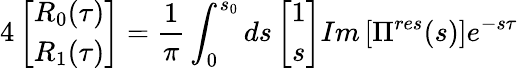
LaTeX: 4\left[\begin{array}{c}{{R_{0}(\tau)}}\\ {{R_{1}(\tau)}}\end{array}\right]=\frac{1}{\pi}\int_{0}^{s_{0}}ds\left[\begin{array}{c}{{1}}\\ {{s}}\end{array}\right]Im\left[\Pi^{res}(s)\right]e^{-s\tau}